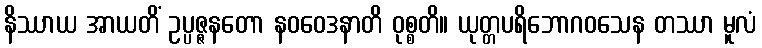
နိဿာယ အာယတိံ ဥပ္ပဇ္ဇနတော နဝဝေဒနာတိ ဝုစ္စတိ။ ယုတ္တပရိဘောဂဝသေန တဿာ မူလံ